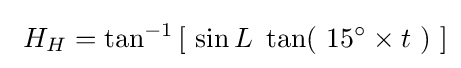
\ H_{H}=\tan ^{-1}\left[\ \sin L\ \tan(\ 15^{\circ }\times t\ )\ \right]